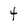
Character: 4